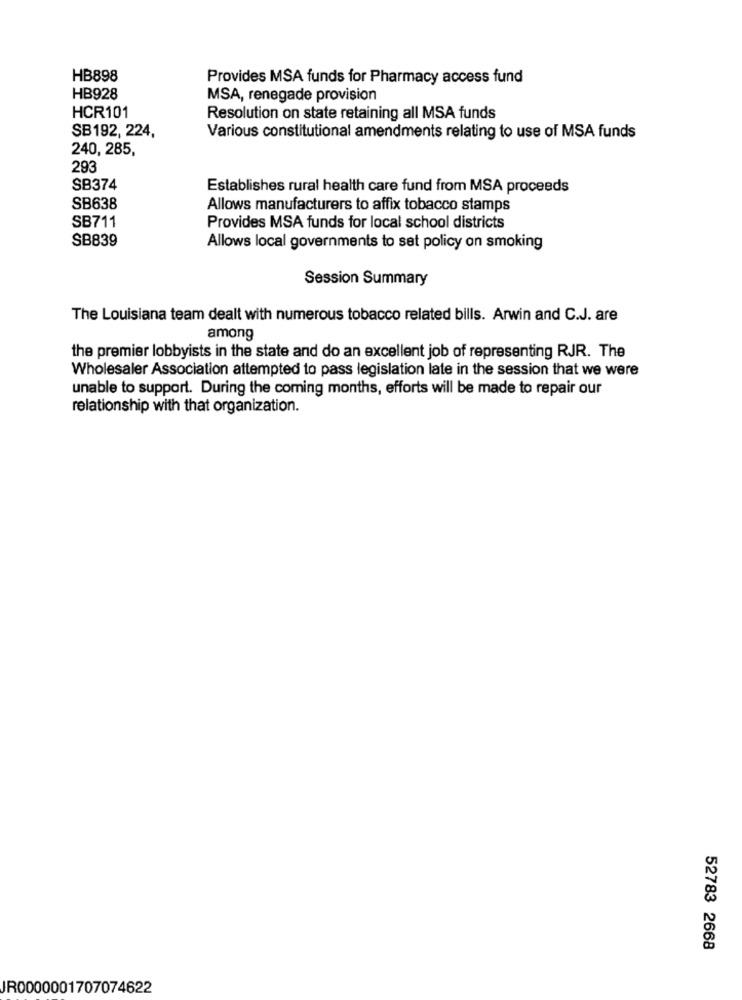
HB898
Provides MSA funds for Pharmacy access fund
HB928
MSA, renegade provision
HCR101
Resolution on state retaining all MSA funds
SB192, 224,
Various constitutional amendments relating to use of MSA funds
240, 285,
293
SB374
Establishes rural health care fund from MSA proceeds
SB638
Allows manufacturers to affix tobacco stamps
SB711
Provides MSA funds for local school districts
SB839
Allows local governments to set policy on smoking
Session Summary
The Louisiana team dealt with numerous tobacco related bills. Arwin and C.J. are
among
the premier lobbyists in the state and do an excellent job of representing RJR. The
Wholesaler Association attempted to pass legislation late in the session that we were
unable to support. During the coming months, efforts will be made to repair our
relationship with that organization.
52783 2668
JR0000001707074622